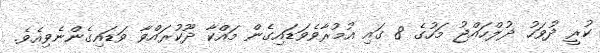
ކުރީ ދުވަހު ޛުލްހައްޖު މަހުގެ 8 ގައި އުމުރާވެވަޑައިގެން މައްކާ ދޫކުރައްވާ ވަޑައިގެންނެވިއެވެ.